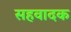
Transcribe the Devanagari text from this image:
सहवादक